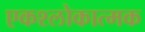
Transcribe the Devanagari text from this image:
एकश्लोकात्मक